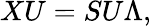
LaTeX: XU=SU\Lambda,